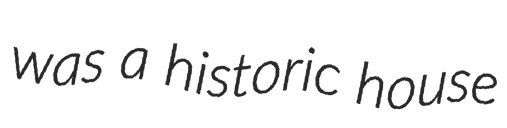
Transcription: was a historic house